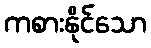
ကစားနိုင်သော